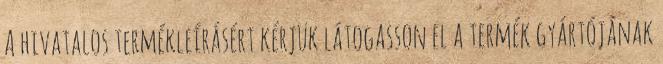
A hivatalos termékleírásért kérjük látogasson el a termék gyártójának